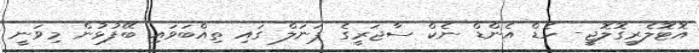
އޮޓޮލެރީގޮލޮޖީ- ހެޑް އެންޑް ނެކް ސާޖަރީގެ ޕަނަލް ގައި ތިއްބަވައި ބޭފުޅުން މިވަނީ